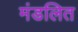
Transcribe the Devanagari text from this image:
मंडलित